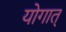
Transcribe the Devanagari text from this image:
योगात्